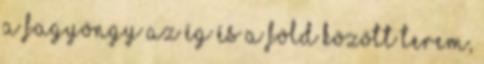
a fagyöngy az ég és a föld között terem,